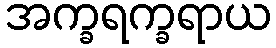
အက္ခရက္ခရာယ